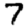
Digit: 7